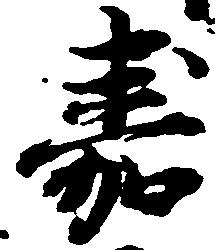
嘉